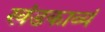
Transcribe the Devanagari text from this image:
खंडकाव्यं